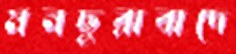
মনছুরাবাদে